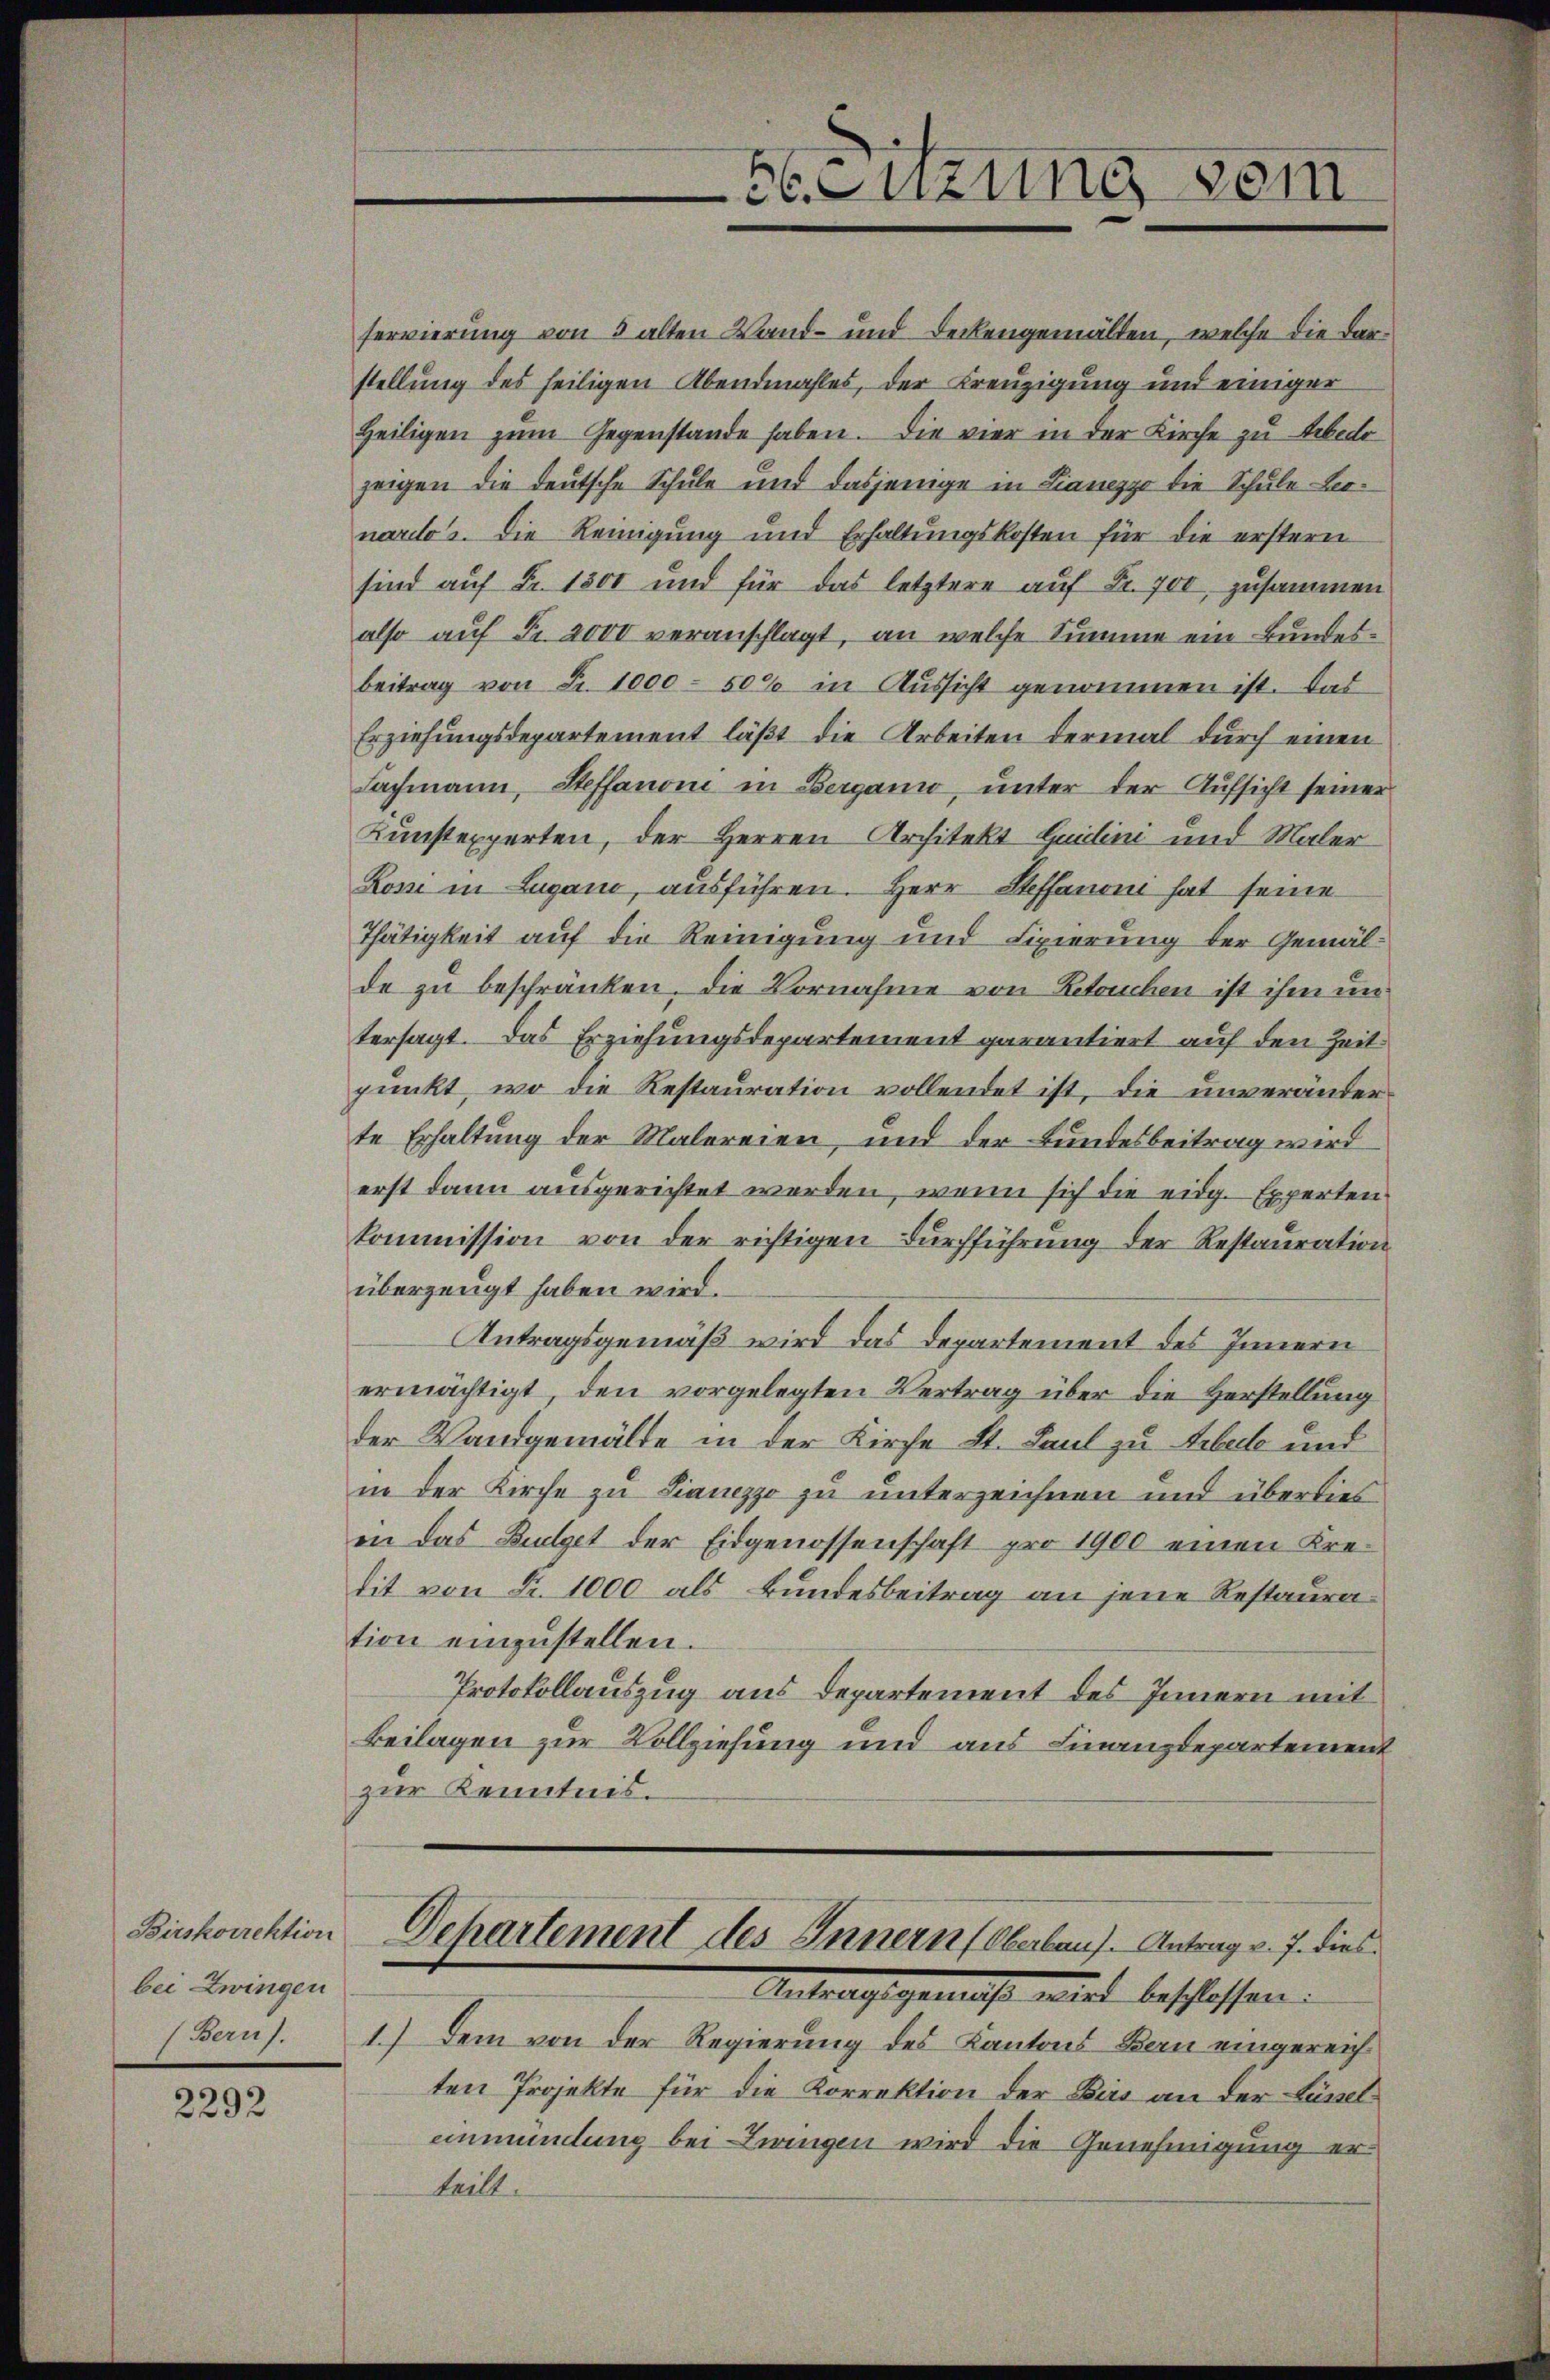
Birskorrektion
bei Zwingen
(Bern).

2292

narlos. Die Reinigung und Erhaltungskosten für die erstern
sind auf Fr. 1300 und für das letztere auf Fr. 700 zusammen
also auf Fr. 2000 veranschlagt, an welche Summe ein Bundes¬
Beitrag von Fr. 1000 - 50% in Aussicht genommen ist. Das
Erziehungsdepartement läßt die Arbeiten dermal durch einen
Fachmann, Steffanoni in Berganio, unter der Aufsicht seiner
Kunstexperten, der Herren Architekt Quidini und Maler
Rosse in Lugano, ausführen. Herr Steffanon hat seine
Thätigkeit auf die Reinigung und Fixierung der Gemäl-
de zu beschränken. Die Vornahme von Retouchen ist ihm un
tersagt. Das Erziehungsdepartement garantiert auf den Zeit
punkt, wo die Restauration vollendet ist, die unveränderte Erhaltung der Malereien, und der Bundesbeitrag wird
erst dann ausgerichtet werden, wenn sich die eidg. Experten
kommission von der richtigen Durchführung der Restauration
überzeugt haben wird.
Antragsgemäß wird das Departement des Innern
ermächtigt, den vorgelegten Vertrag über die Herstellung
der Wandgemälde in der Kirche St. Paul zu Arbeite und
in der Kirche zu Sianezzo zu unterzeichnen und überdies
in das Budget der Eidgenossenschaft pro 1900 einen Kredit von Fr. 1000 als Bundesbeitrag an jene Restauration einzustellen.
Protokollauszug aus Departement des Innern mit
Beilagen zur Vollziehung und aus Finanzdepartement
zur Kenntnis.

56Suzung vom

servierung von 3 alten Wand- und Deckengemälten, welche die Darstellung des heiligen Abendmahles, der Kreuzigung und einiger
Heiligen zŭm Gegenstande haben. Die vier in der Kirche zu Arbedo
zeigen die deutsche Schule und dasjenige in Lianezzo die Schule Lee¬

Dchartement des Innern (Oberlauf Antrag v. J. dies
Antrage genuss wird beschlossen.

1.) Dem von der Regierung des Kantons Bern eingereichten Projekte für die Korrektion der Birs an der Lüsseleinmündung bei Zwingen wird die Genehmigung er
teilt.